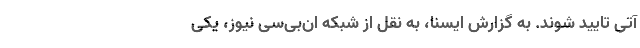
آتی تایید شوند. به گزارش ایسنا، به نقل از شبکه ان‌بی‌سی نیوز، یکی